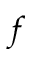
f